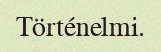
Történelmi.